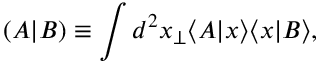
( A | B ) \equiv \int d ^ { 2 } x _ { \perp } \langle A | x \rangle \langle x | B \rangle ,